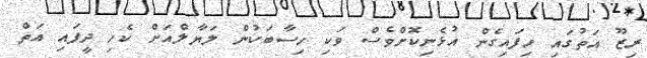
ރިޒޫ އަތުގައި ހިފައިގެން އުޅެނިކޮށްވެސް ވަކި ހިސާބަކުން ލަޔާލްއަށް ކެހި ދީފައި އަތް